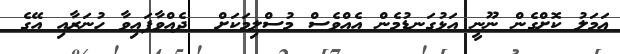
ޢަމަލު ކޮށްގެން ނޫނީ އަޅުގަނޑުމެން އެއްވެސް މުސްލިމަކަށް  ދެއްވާފައިވާ ހުނަރާއި އޭގެ